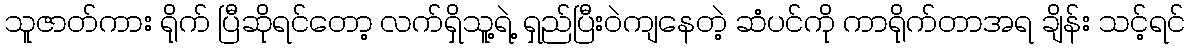
သူဇာတ်ကား ရိုက် ပြီဆိုရင်တော့ လက်ရှိသူ့ရဲ့ ရှည်ပြီးဝဲကျနေတဲ့ ဆံပင်ကို ကာရိုက်တာအရ ချိန်း သင့်ရင်